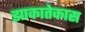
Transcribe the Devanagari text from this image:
झाकातेकास